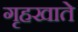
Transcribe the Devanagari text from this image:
गृहखाते